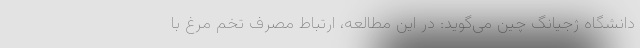
دانشگاه ژجیانگ چین می‌گوید: در این مطالعه، ارتباط مصرف تخم مرغ با